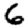
Digit: 6